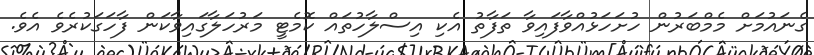
ގެނައުމަށް މެމްބަރުން ހުށަހަޅުއްވާފައިވާ ތަފާތު އެކި އިސްލާހުތައް ކޮމެޓީ މަރުހަލާގައިވާކަން ފާހަގަކުރެވެ އެވެ.